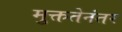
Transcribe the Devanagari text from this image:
मुक्ततेनंतर